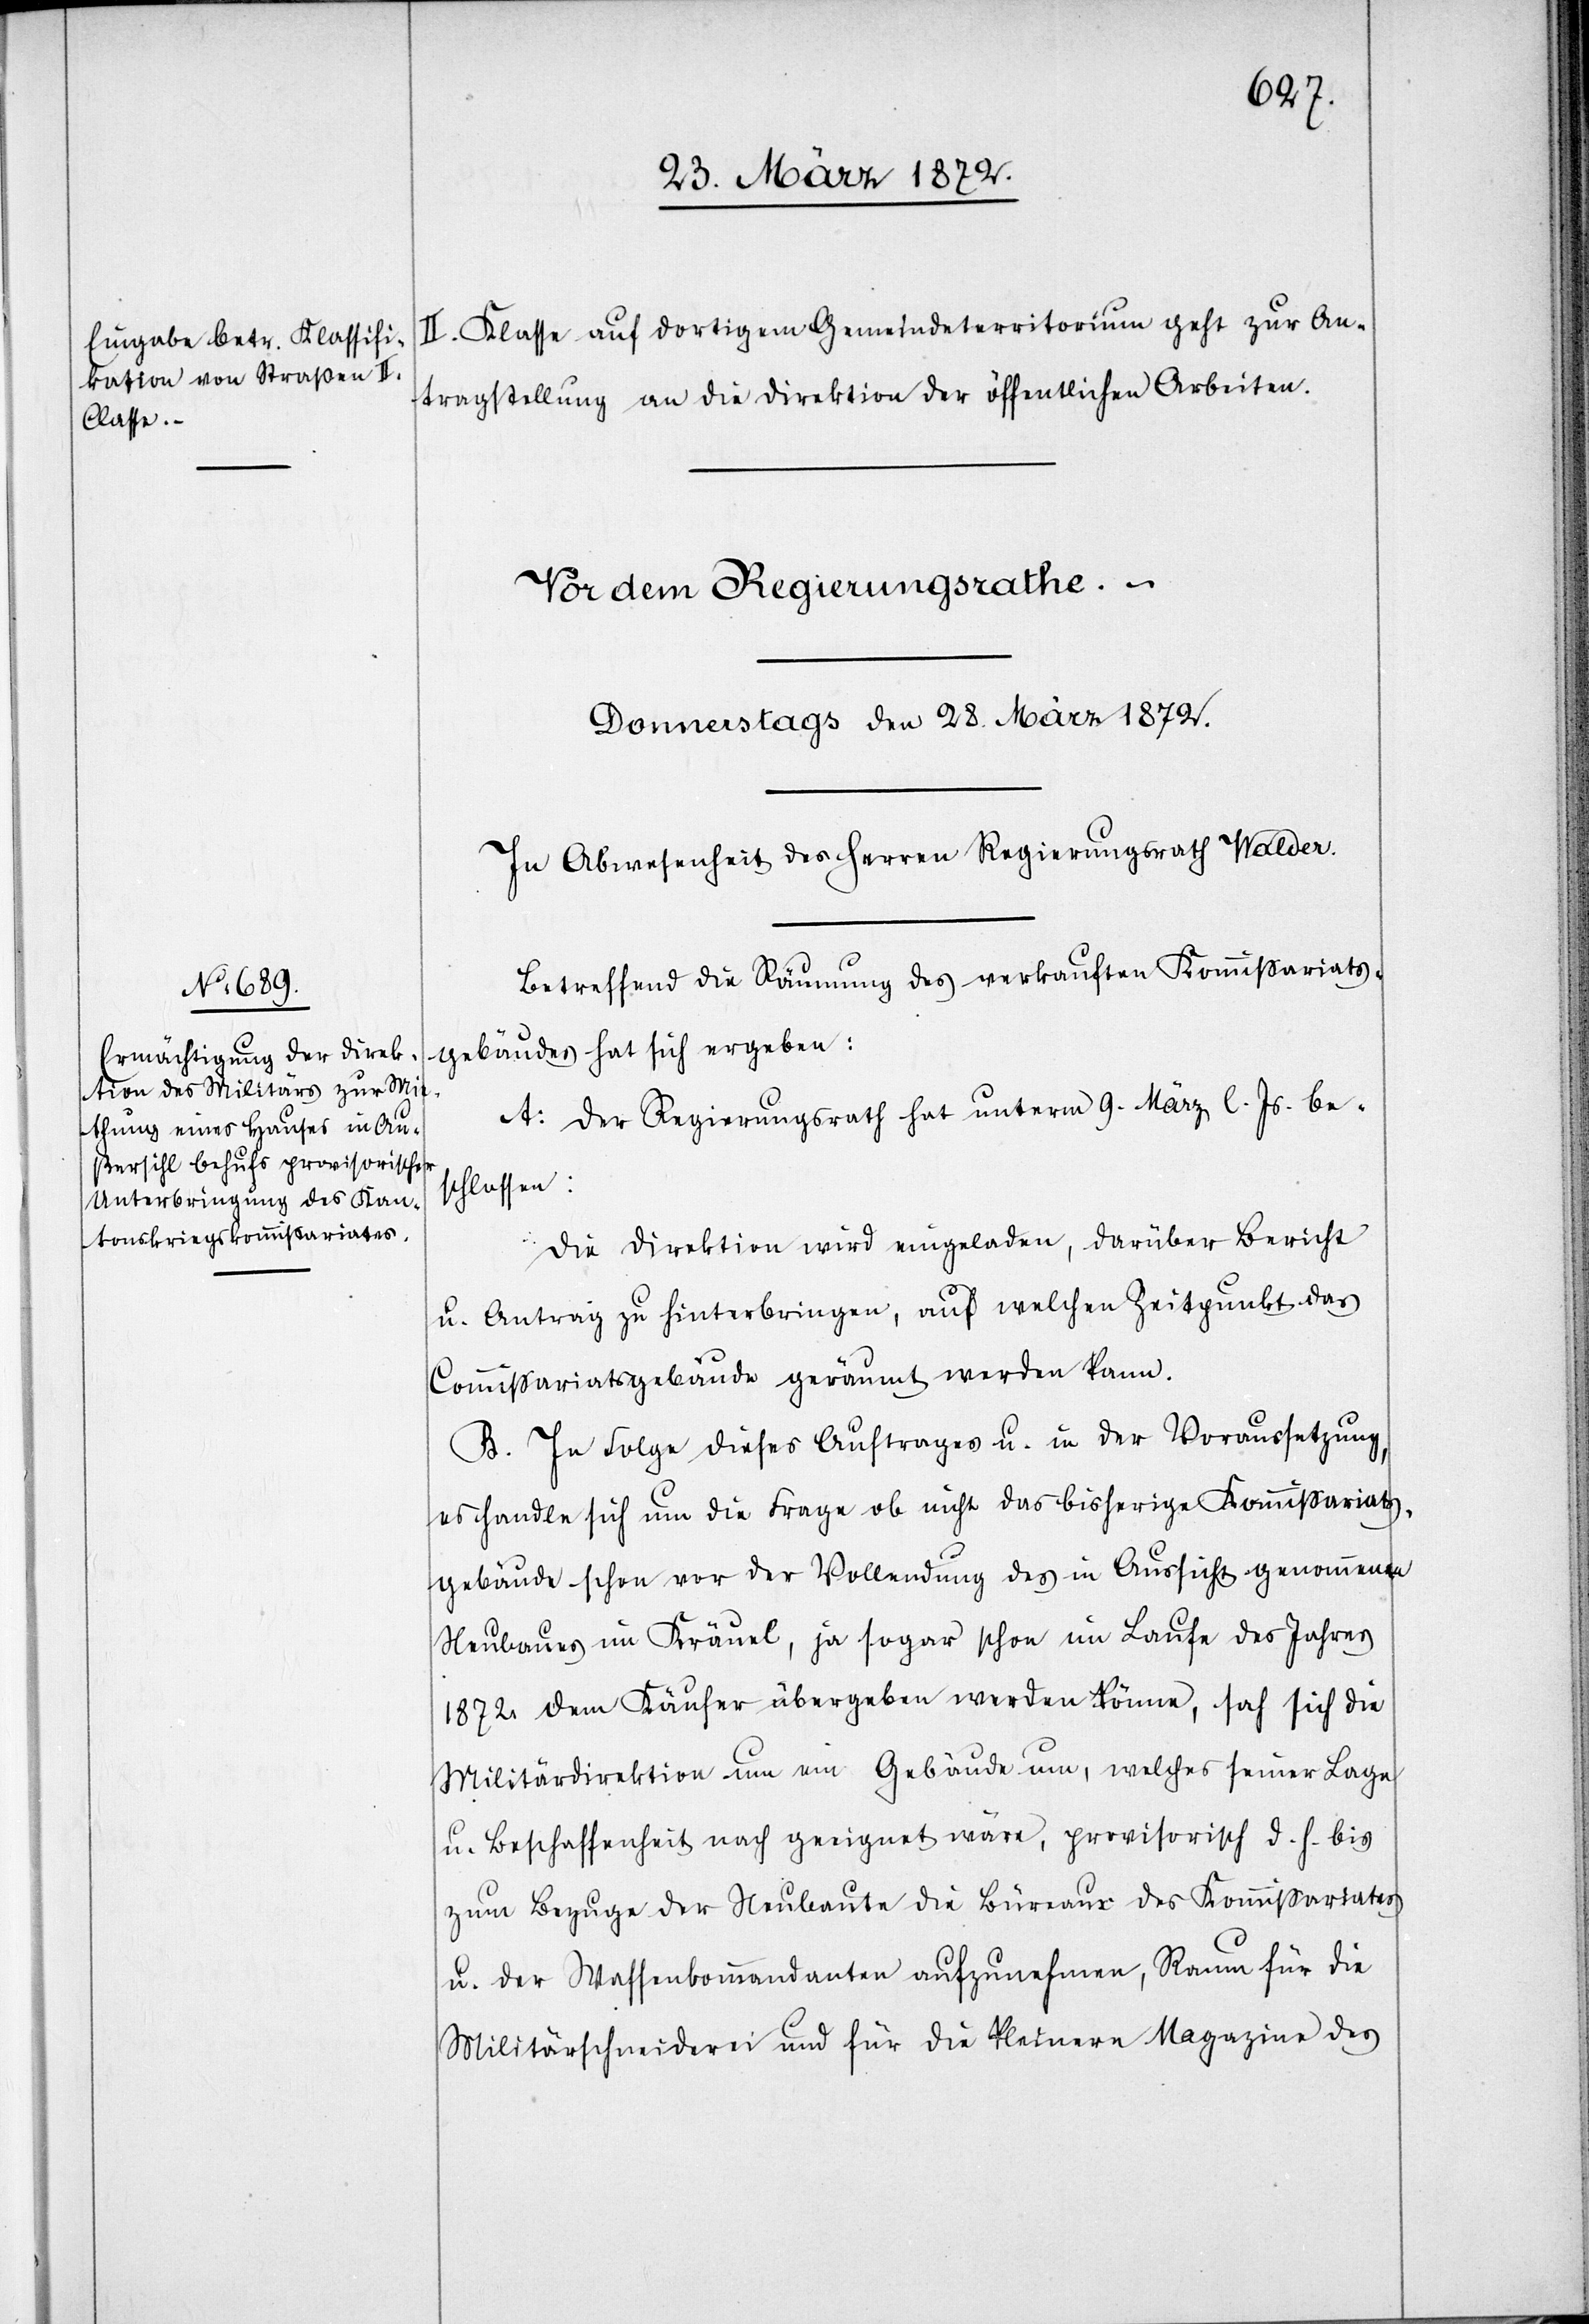
II. Klasse auf dortigem Gemeindeterritorium geht zur An¬
tragstellung an die Direktion der öffentlichen Arbeiten.